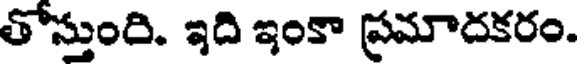
తోస్తుంది. ఇది ఇంకా ప్రమాదకరం.